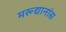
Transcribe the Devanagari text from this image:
मरूद्यानांस